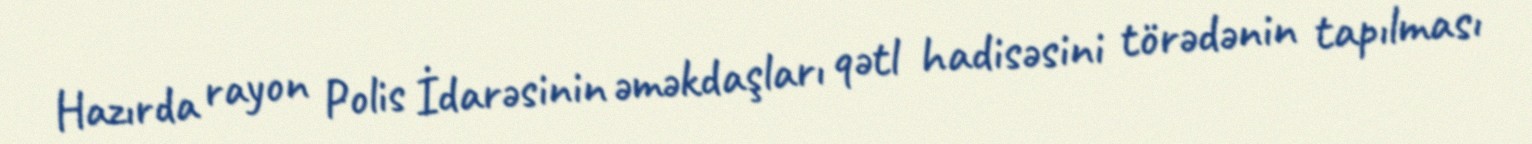
Hazırda rayon Polis İdarəsinin əməkdaşları qətl hadisəsini törədənin tapılması